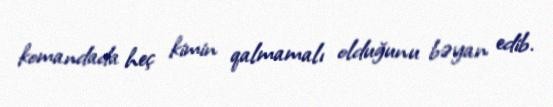
komandada heç kimin qalmamalı olduğunu bəyan edib.